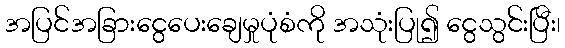
အပြင်အခြားငွေပေးချေမှုပုံစံကို အသုံးပြု၍ ငွေသွင်းပြီး၊